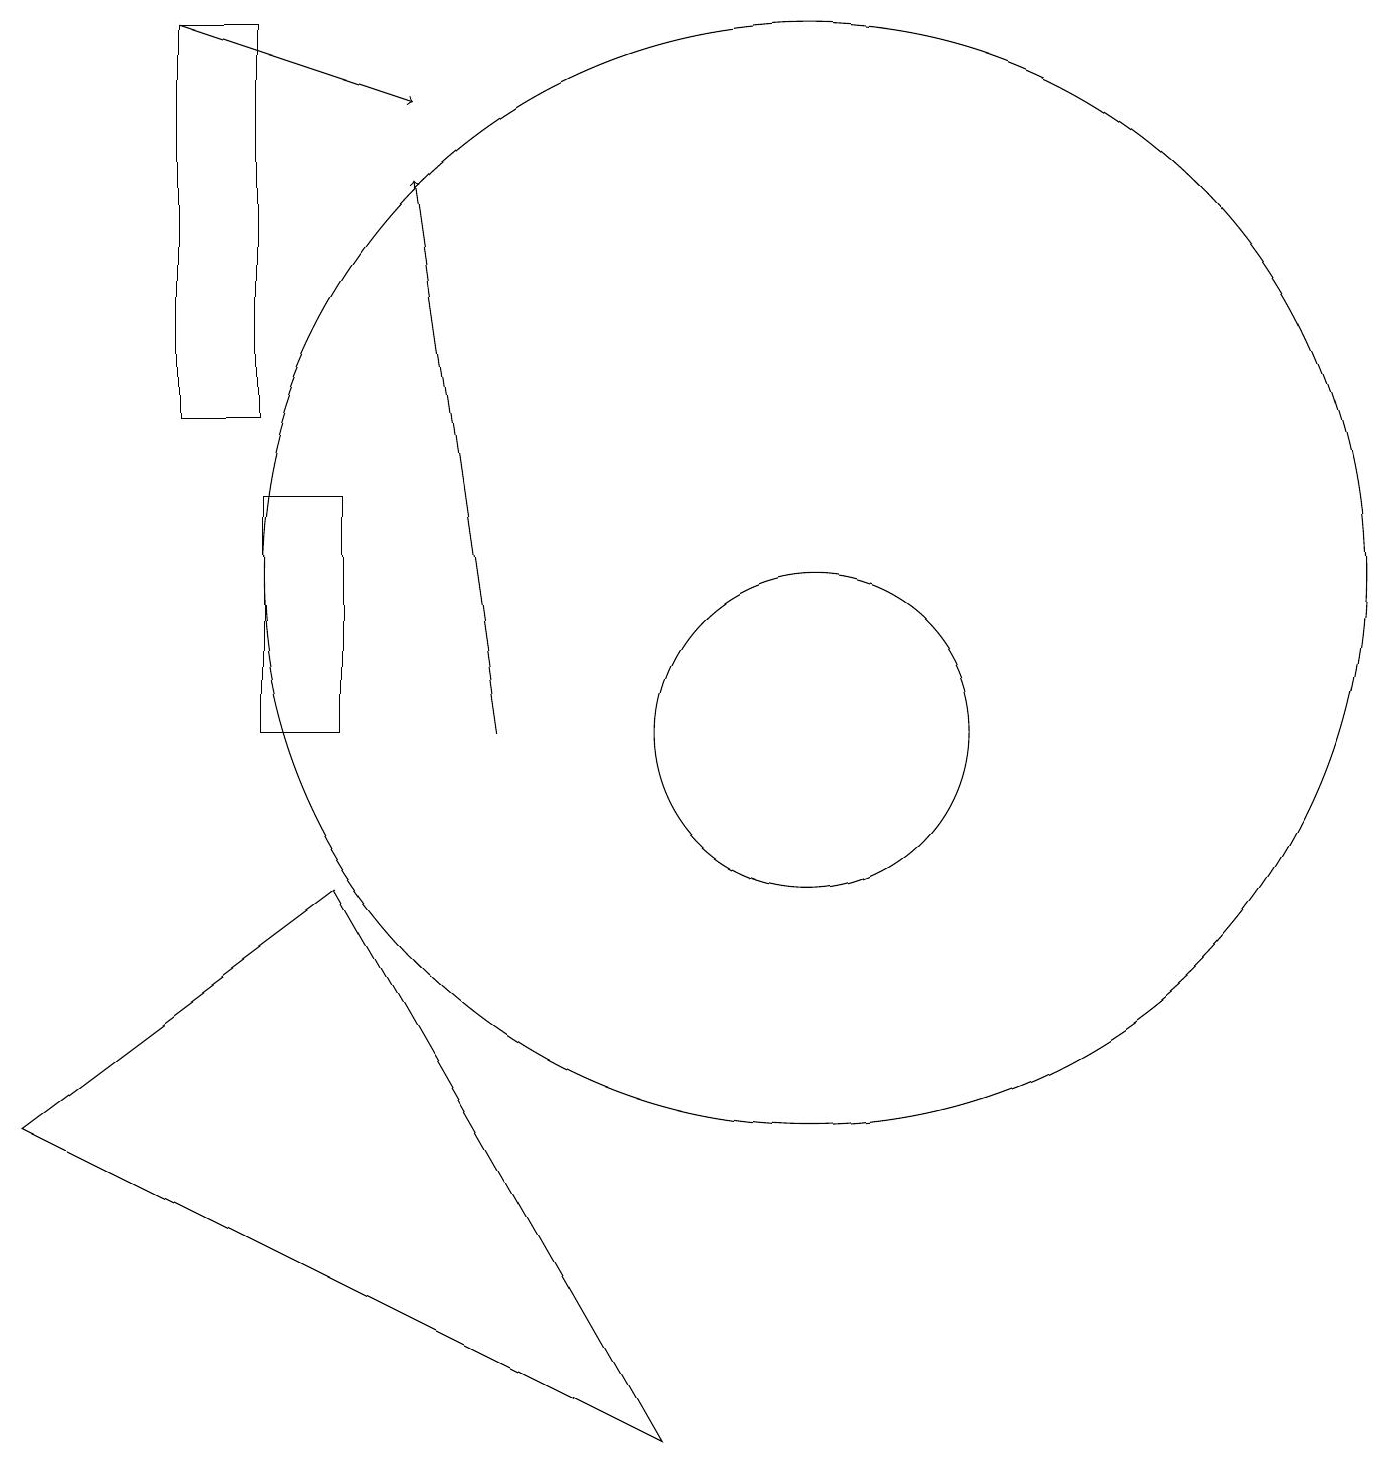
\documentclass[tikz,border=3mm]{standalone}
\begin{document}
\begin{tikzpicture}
\draw[->] (2,19) -- (5,18);
\draw (10,12) circle (7);
\draw[->] (6,10) -- (5,17);
\draw (10,10) circle (2);
\draw (8,1) -- (4,8) -- (0,5) -- cycle;
\draw (3,10) rectangle (4,13);
\draw (2,19) rectangle (3,14);
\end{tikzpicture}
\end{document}